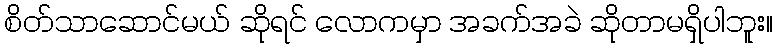
စိတ်သာဆောင်မယ် ဆိုရင် လောကမှာ အခက်အခဲ ဆိုတာမရှိပါဘူး။